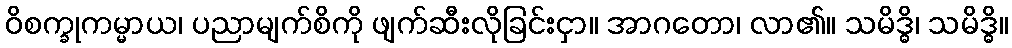
ဝိစက္ခုကမ္မာယ၊ ပညာမျက်စိကို ဖျက်ဆီးလိုခြင်းငှာ။ အာဂတော၊ လာ၏။ သမိဒ္ဓိ၊ သမိဒ္ဓိ။